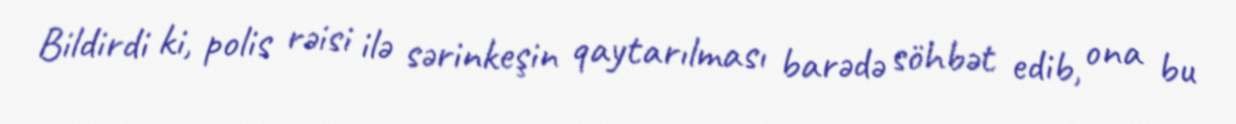
Bildirdi ki, polis rəisi ilə sərinkeşin qaytarılması barədə söhbət edib, ona bu